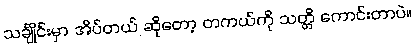
သင်္ချိုင်းမှာ အိပ်တယ် ဆိုတော့ တကယ်ကို သတ္တိ ကောင်းတာပဲ။